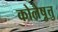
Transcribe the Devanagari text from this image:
कोलेष़ुत्तु